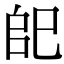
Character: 𢀹